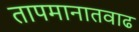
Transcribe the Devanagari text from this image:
तापमानातवाढ